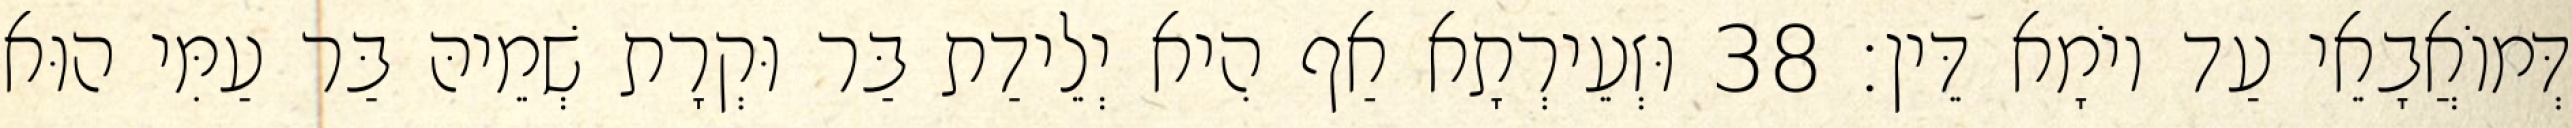
דְּמוֹאֲבָאֵי עַד יוֹמָא דֵּין׃ 38 וּזְעֵירְתָא אַף הִיא יְלֵידַת בַּר וּקְרָת שְׁמֵיהּ בַּר עַמִּי הוּא